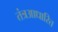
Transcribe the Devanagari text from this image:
तंत्रआधारित